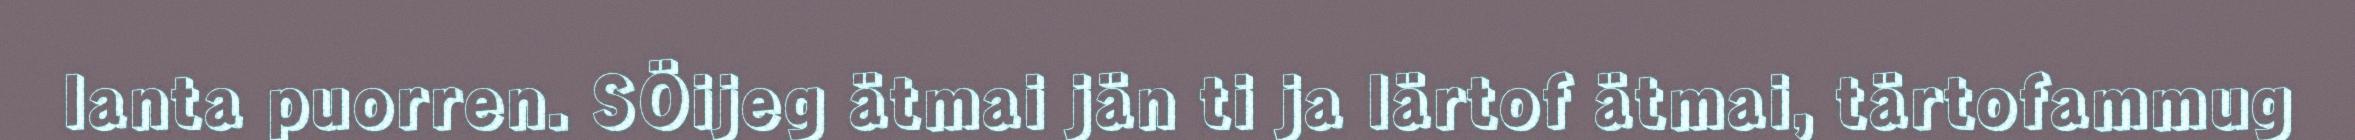
lanta puorren. SÖijeg ätmai jän ti ja lärtof ätmai, tärtofammug